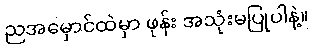
ညအမှောင်ထဲမှာ ဖုန်း အသုံးမပြုပါနဲ့။